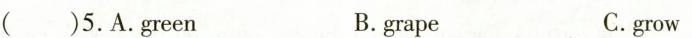
( )5.A.green B.grape C.grow